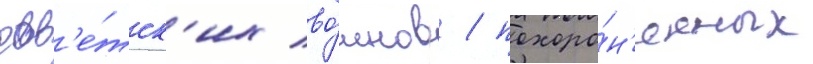
сов'е́тск'их во́инов / похоро́н'енных